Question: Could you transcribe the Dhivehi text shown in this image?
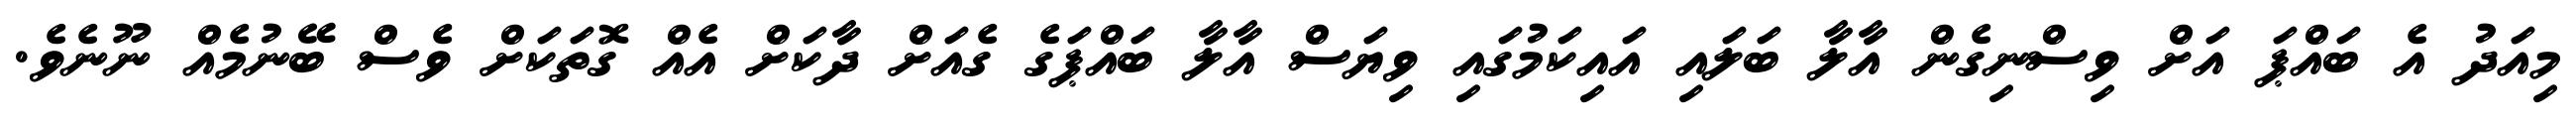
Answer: މިއަދު އެ ބައްޕަ އަށް ވިސްނިގެން އާލާ ބަލައި އައިކަމުގައި ވިޔަސް އާލާ ބައްޕަގެ ގެއަށް ދާކަށް އެއް ގޮތަކަށް ވެސް ބޭނުމެއް ނޫނެވެ.